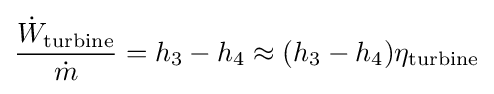
{\frac {{\dot {W}}_{\text{turbine}}}{\dot {m}}}=h_{3}-h_{4}\approx (h_{3}-h_{4})\eta _{\text{turbine}}